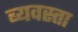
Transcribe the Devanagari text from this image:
ब्यवस्ता